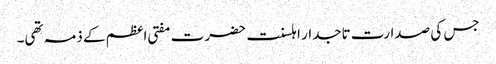
جس کی صدارت تاجدار اہلسنت حضرت مفتی اعظم کے ذمہ تھی۔